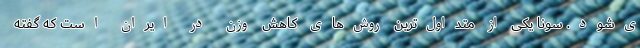
ی‌شود. سونا یکی از متداول‌ترین روش‌های کاهش وزن در ایران است که گفته